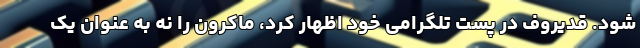
شود. قدیروف در پست تلگرامی خود اظهار کرد، ماکرون را نه به عنوان یک